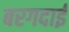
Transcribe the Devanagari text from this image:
बरगदाई